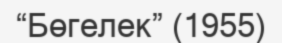
“Бөгелек” (1955)